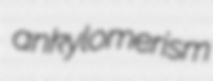
ankylomerism